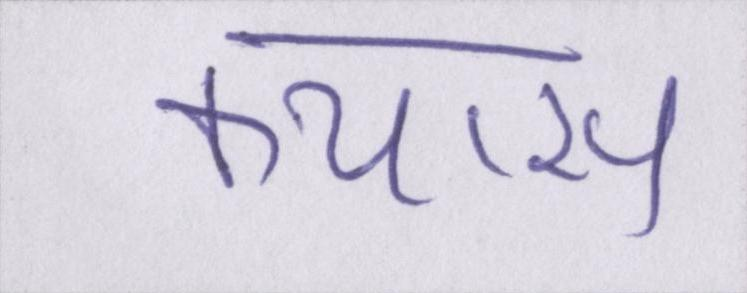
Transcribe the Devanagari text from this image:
कयास